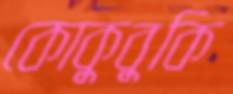
কোকুবুকি